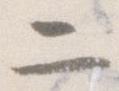
二